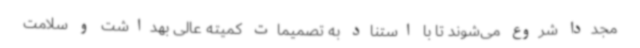
مجددا شروع می‌شوند تا با استناد به تصمیمات کمیته عالی بهداشت و سلامت